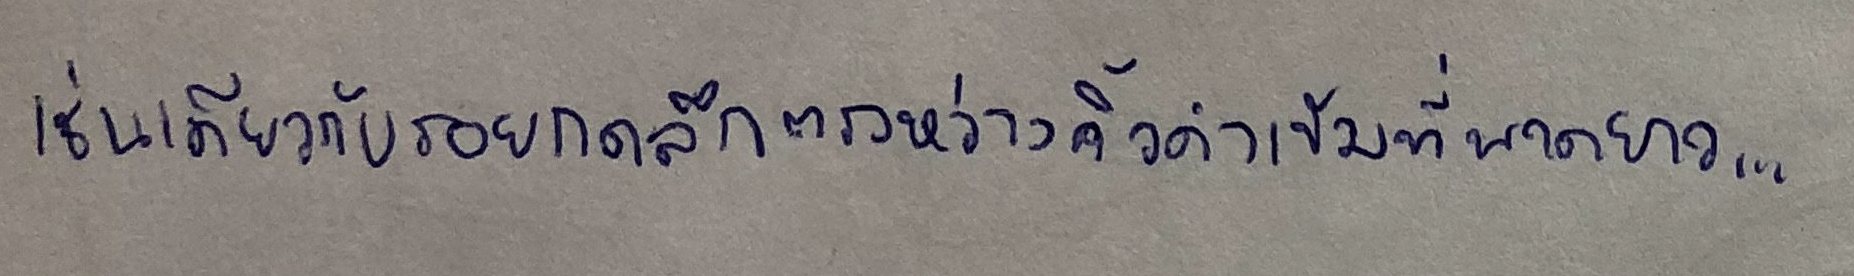
เช่นเดียวกับรอยกดลึกตรงหว่างคิ้วดำเข้มที่พาดยาว...